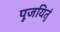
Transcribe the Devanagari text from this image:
पूजयितुं